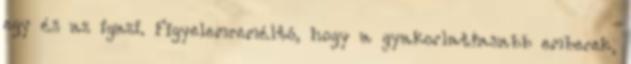
egy és az igazi. Figyelemreméltó, hogy a gyakorlatiasabb emberek,